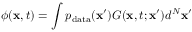
\phi ( \mathbf { x } , t ) = \int p _ { \mathrm { d a t a } } ( \mathbf { x } ^ { \prime } ) G ( \mathbf { x } , t ; \mathbf { x } ^ { \prime } ) d ^ { N } \mathbf { x } ^ { \prime }